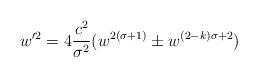
LaTeX: \begin{align*}w'^2 = 4 {{c^2} \over {\sigma^2}} (w^{2 (\sigma+1)} \pm w^{(2 - k) \sigma + 2})\end{align*}